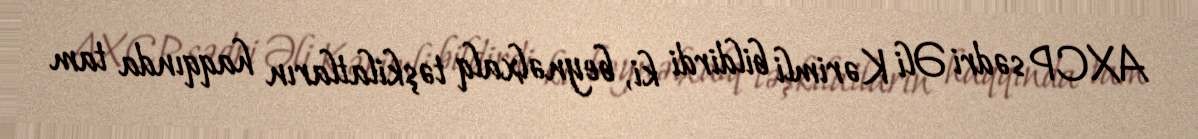
AXCP sədri Əli Kərimli bildirdi ki, beynəlxalq təşkilatların haqqında tam